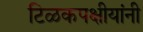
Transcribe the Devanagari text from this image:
टिळकपक्षीयांनी